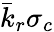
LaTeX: \bar{k}_{r}\sigma_{c}